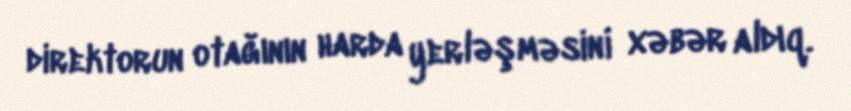
direktorun otağının harda yerləşməsini xəbər aldıq.